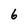
Character: 6